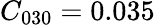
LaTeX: C_{030}=0.035